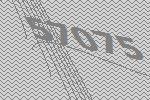
57075